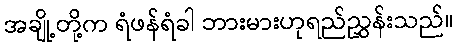
အချို့တို့က ရံဖန်ရံခါ ဘားမားဟုရည်ညွှန်းသည်။